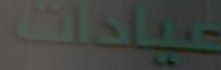
عيادات